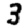
Digit: 3